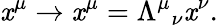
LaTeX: \mathit{x}^{\mu}\rightarrow\mathit{x}^{\mu}=\Lambda^{\mu}{}_{\nu}\mathit{x}^{\nu}.